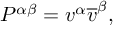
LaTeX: P ^ { \alpha \beta } = v ^ { \alpha } \overline { { { v } } } ^ { \beta } ,